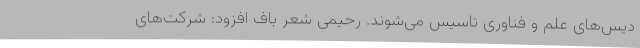
دیس‌های علم و فناوری تاسیس می‌شوند. رحیمی شعر باف افزود: شرکت‌های